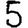
Digit: 5